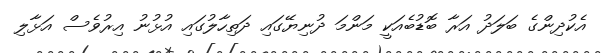
އެކުދިންގެ ބަލަދު އަރާ ބޮޑުބެއަކީ މަންމަ ދުނިޔޭގައި ދަތިހާލުގައި އުޅުނު އިރުވެސް އަޅާލި